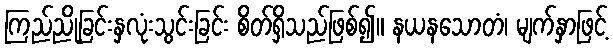
ကြည်ညိုခြင်းနှလုံးသွင်းခြင်း စိတ်ရှိသည်ဖြစ်၍။ နယနသောတံ၊ မျက်နှာဖြင့်